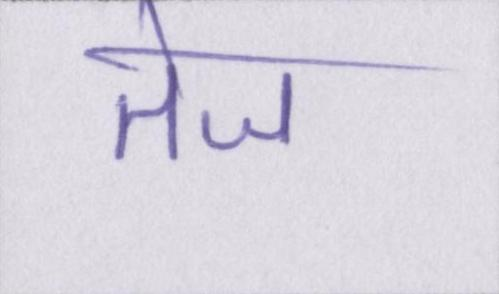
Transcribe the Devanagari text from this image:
तेज